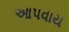
આપવાય